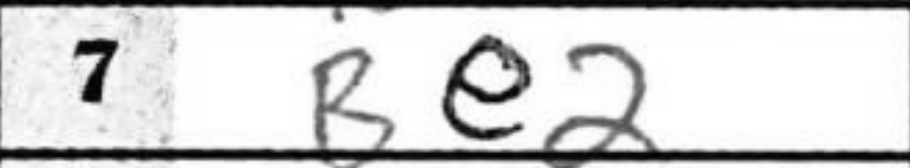
Transcription: Be2